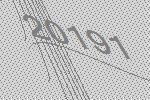
20191